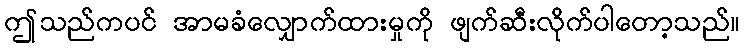
ဤသည်ကပင် အာမခံလျှောက်ထားမှုကို ဖျက်ဆီးလိုက်ပါတော့သည်။